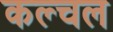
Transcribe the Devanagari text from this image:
कल्चल